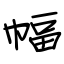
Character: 幅